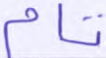
تام